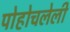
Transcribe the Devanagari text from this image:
पोहोचलेली